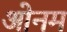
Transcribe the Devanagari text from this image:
ओनम